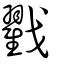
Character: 戳